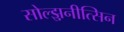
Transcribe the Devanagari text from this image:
सोल्झ़नीत्सिन